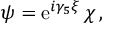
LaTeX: \psi = \mathrm { e } ^ { i \gamma _ { 5 } \xi } \, \chi \, ,